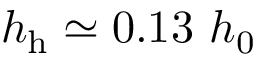
h _ { \mathrm { h } } \simeq 0 . 1 3 ~ h _ { 0 }